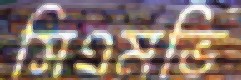
সিএমভি